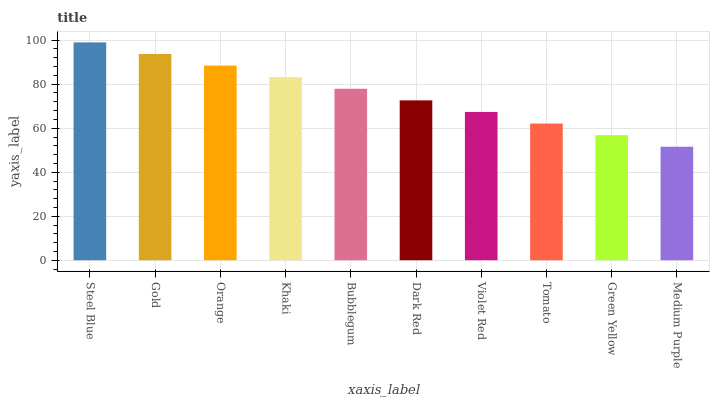
| xaxis_label | bars |
 | --- | --- |
 | Steel Blue | 99 |
 | Gold | 93.7 |
 | Orange | 88.5 |
 | Khaki | 83.2 |
 | Bubblegum | 77.9 |
 | Dark Red | 72.7 |
 | Violet Red | 67.4 |
 | Tomato | 62.1 |
 | Green Yellow | 56.8 |
 | Medium Purple | 51.6 |